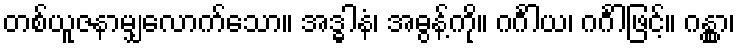
တစ်ယူဇနာမျှလောက်သော။ အဒ္ဓါနံ၊ အဓွန့်ကို။ ဂင်္ဂါယ၊ ဂင်္ဂါဖြင့်။ ဂန္တွာ၊